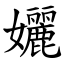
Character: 孋